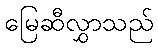
မြေဆီလွှာသည်